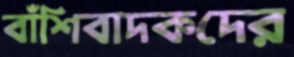
বাঁশিবাদকদের